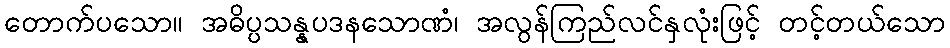
တောက်ပသော။ အဓိပ္ပသန္နပဒနသောဏံ၊ အလွန်ကြည်လင်နှလုံးဖြင့် တင့်တယ်သော